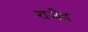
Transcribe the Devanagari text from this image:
राजेद्र